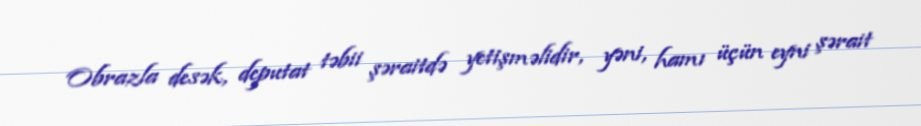
Obrazla desək, deputat təbii şəraitdə yetişməlidir, yəni, hamı üçün eyni şərait